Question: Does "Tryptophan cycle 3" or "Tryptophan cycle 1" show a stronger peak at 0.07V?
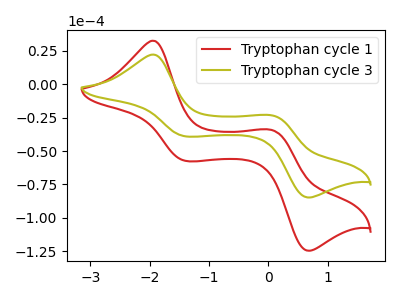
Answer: <think>The red curve "Tryptophan cycle 1" has anodic peaks at (-1.95V, 32.45uA) (0.05V, -34.50uA) and cathodic peaks at (-1.40V, -57.45uA) (0.70V, -124.55uA). The olive curve "Tryptophan cycle 3" has anodic peaks at (-1.95V, 22.10uA) (0.05V, -23.50uA) and cathodic peaks at (-1.40V, -39.10uA) (0.70V, -84.75uA).</think>
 <answer>The peak at 0.07V is higher in "Tryptophan cycle 3" than in "Tryptophan cycle 1".</answer>
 <eval>higher</eval>